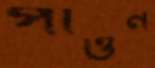
পাওন